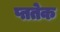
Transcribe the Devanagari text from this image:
प्ततेक